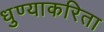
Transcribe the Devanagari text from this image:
धुण्याकरिता